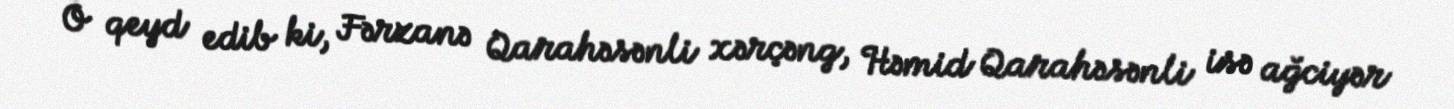
O qeyd edib ki, Fərzanə Qarahəsənli xərçəng, Həmid Qarahəsənli isə ağciyər